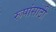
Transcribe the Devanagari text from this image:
रूपांसाठी